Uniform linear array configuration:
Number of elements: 64
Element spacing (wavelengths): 0.75
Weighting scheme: hamming
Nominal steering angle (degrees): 15
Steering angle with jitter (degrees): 13.754
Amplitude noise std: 0.05
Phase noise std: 0.05

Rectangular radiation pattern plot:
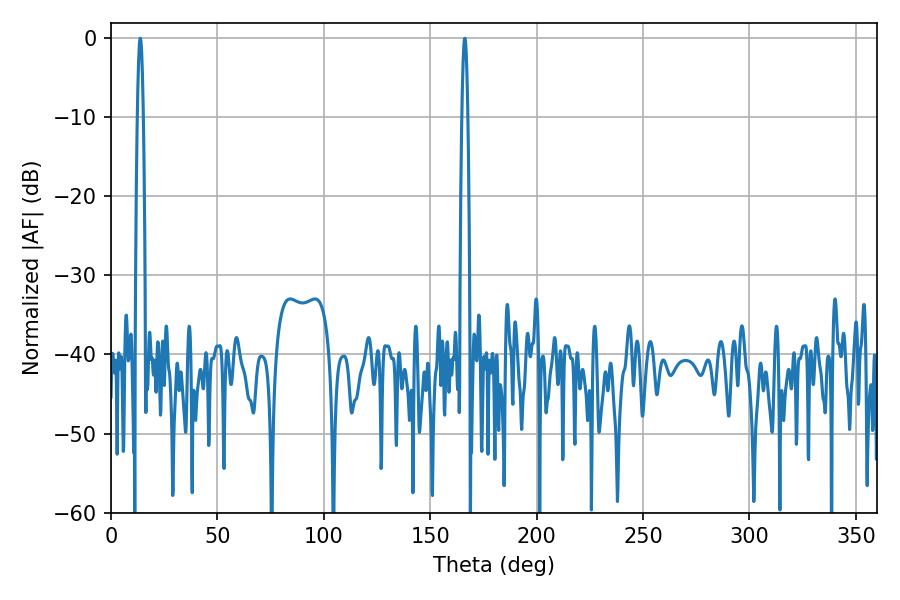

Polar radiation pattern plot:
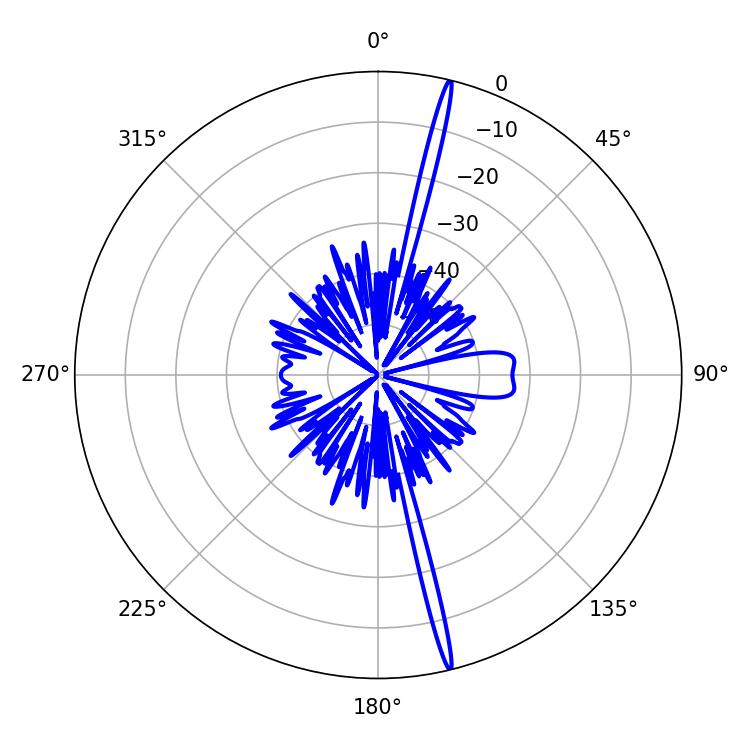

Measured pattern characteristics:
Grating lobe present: TRUE
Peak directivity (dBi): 21.448
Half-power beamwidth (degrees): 1.44
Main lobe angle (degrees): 13.68